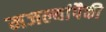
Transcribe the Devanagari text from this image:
मजल्यांपैकी